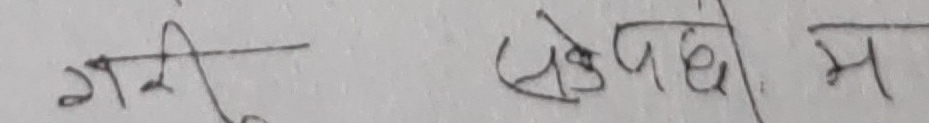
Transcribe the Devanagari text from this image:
गरी सकेछौ म